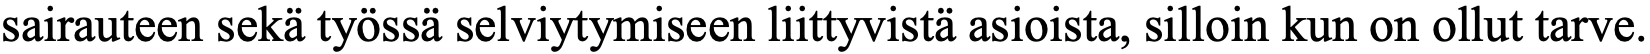
sairauteen sekä työssä selviytymiseen liittyvistä asioista, silloin kun on ollut tarve.